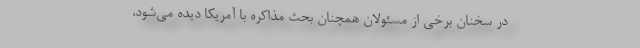
در سخنان برخی از مسئولان همچنان بحث مذاکره با آمریکا دیده می‌شود،